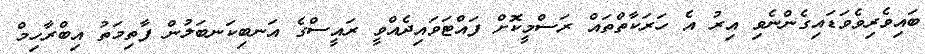
ބައިވެރިވެވަޑައިގެންނެވި އިރު އެ ހަރަކާތްތައް ރަސްމީކޮށް ފައްޓަވައިދެއްވީ ރައީސްގެ އަނބިކަނބަލުން ފާތިމަތު އިބްރާހިމް